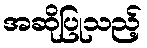
အဆိုပြုသည့်